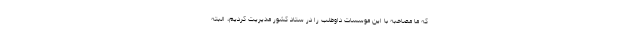
که ما مصاحبه با این موسسات داوطلب را در ستاد کشور مدیریت کردیم، البته